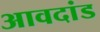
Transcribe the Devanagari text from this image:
आवदांड